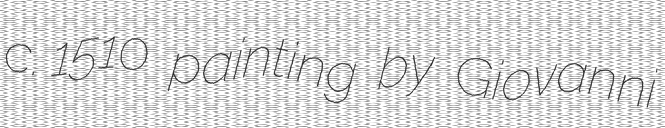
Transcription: c. 1510 painting by Giovanni